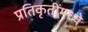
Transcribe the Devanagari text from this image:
प्रतिकृतींमध्ये